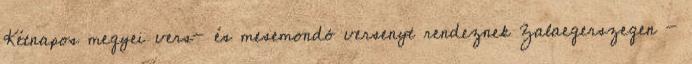
Kétnapos megyei vers- és mesemondó versenyt rendeznek Zalaegerszegen -